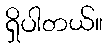
ရှိပါတယ်။